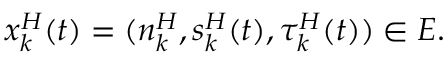
x _ { k } ^ { H } ( t ) = ( n _ { k } ^ { H } , s _ { k } ^ { H } ( t ) , \tau _ { k } ^ { H } ( t ) ) \in E .